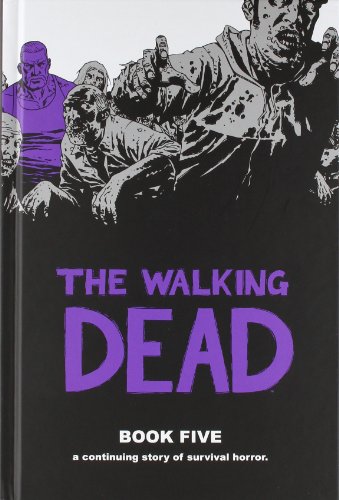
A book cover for The Walking Dead Book 5; Robert Kirkman; Comics & Graphic Novels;